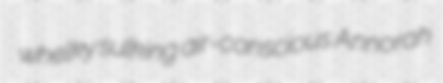
whelky sulking air-conscious Annorah